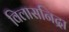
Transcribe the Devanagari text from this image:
विलासनिद्रा